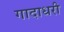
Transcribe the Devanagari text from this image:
गादाधरी